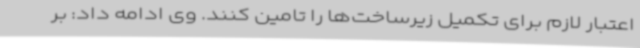
اعتبار لازم برای تکمیل زیرساخت‌ها را تامین کنند. وی ادامه داد: بر